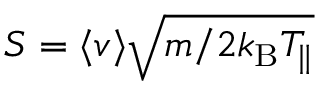
S = \langle v \rangle \sqrt { m / 2 k _ { \mathrm { B } } T _ { \parallel } }